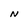
Character: N